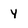
Character: y